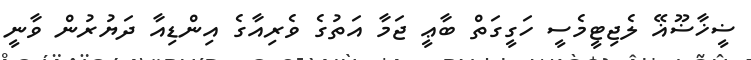
ޟީޚާޟޫޣޭ ލެޖިޓީމެސީ ހަގީގަތް ބާޢީ ޖަމާ އަތުގެ ވެރިއާގެ އިންޑިއާ ދަޔުރުން ވާނީ